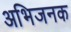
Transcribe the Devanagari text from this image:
अभिजनक